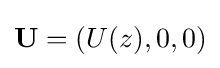
\mathbf {U} =(U(z),0,0)